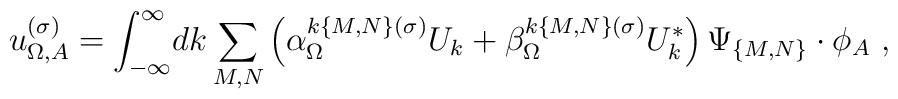
u_{\Omega,A}^{(\sigma)}=\int_{-\infty}^\infty\! dk \sum_{M,N}\left(\alpha_{\Omega}^{k\{M,N\}(\sigma)} U_{k}+\beta_{\Omega}^{k\{M,N\}(\sigma)} U_{k}^*\right)\Psi_{\{M,N\}}\cdot\phi_A\ ,